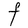
Character: t